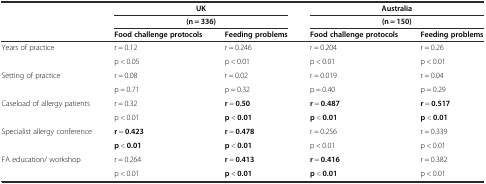
| <ROWSPAN=2>  | <COLSPAN=2> UK | <COLSPAN=2> Australia |
 | <COLSPAN=2> (n = 336) | <COLSPAN=2> (n = 150) |
 |  | Food challenge protocols | Feeding problems | Food challenge protocols | Feeding problems |
 | --- | --- | --- | --- | --- |
 | <ROWSPAN=2> Years of practice | r = 0.12 | r = 0.246 | r = 0.204 | r = 0.26 |
 | p < 0.05 | p < 0.01 | p < 0.01 | p < 0.01 |
 | <ROWSPAN=2> Setting of practice | r = 0.08 | r = 0.02 | r = 0.019 | r = 0.04 |
 | p = 0.71 | p = 0.32 | p = 0.40 | p = 0.29 |
 | <ROWSPAN=2> Caseload of allergy patients | r = 0.32 | r = 0.50 | r = 0.487 | r = 0.517 |
 | p < 0.01 | p < 0.01 | p < 0.01 | p < 0.01 |
 | <ROWSPAN=2> Specialist allergy conference | r = 0.423 | r = 0.478 | r = 0.256 | r = 0.339 |
 | p < 0.01 | p < 0.01 | p < 0.01 | p < 0.01 |
 | <ROWSPAN=2> FA education/ workshop | r = 0.264 | r = 0.413 | r = 0.416 | r = 0.382 |
 | p < 0.01 | p < 0.01 | p < 0.01 | p < 0.01 |